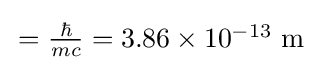
{\textstyle \,={\frac {\hbar }{mc}}=3.86\times 10^{-13}{\text{ m}}}